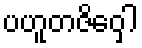
ပဟူတဇိဝှေါ